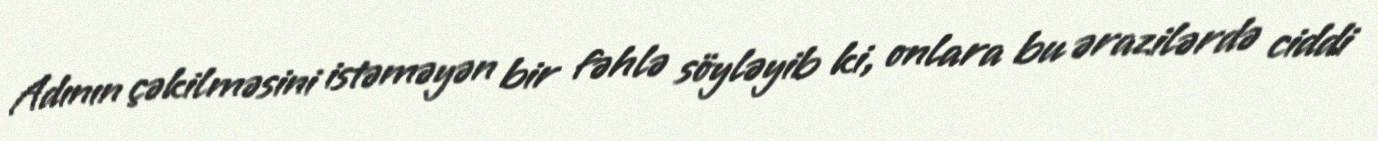
Adının çəkilməsini istəməyən bir fəhlə söyləyib ki, onlara bu ərazilərdə ciddi